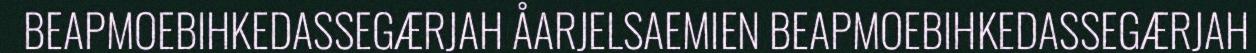
BEAPMOEBIHKEDASSEGÆRJAH ÅARJELSAEMIEN BEAPMOEBIHKEDASSEGÆRJAH